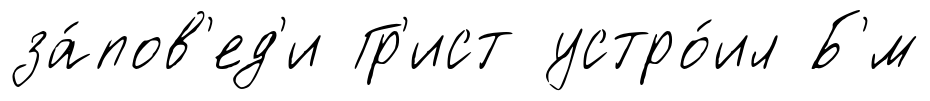
за́пов'ед'и Гр'ист устро́ил Б'́м